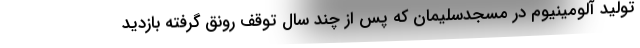
تولید آلومینیوم در مسجدسلیمان که پس از چند سال توقف رونق گرفته بازدید